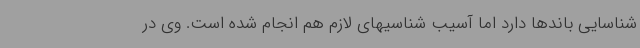
شناسایی باندها دارد اما آسیب شناسیهای لازم هم انجام شده است. وی در